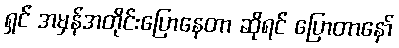
ရှင် အမှန်အတိုင်းပြောနေတာ ဆိုရင် ပြောတာနော်